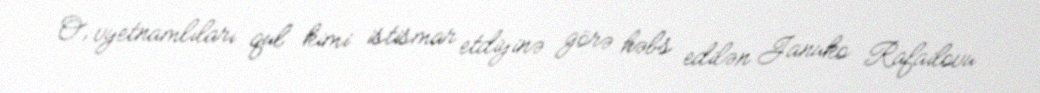
O, vyetnamlıları qul kimi istismar etdiyinə görə həbs edilən Januko Rafailovu